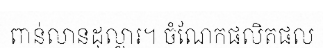
ពាន់លានដុល្លារ។ ចំណែកផលិតផល